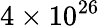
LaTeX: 4\times 10^{26}